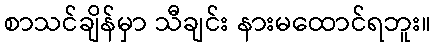
စာသင်ချိန်မှာ သီချင်း နားမထောင်ရဘူး။